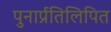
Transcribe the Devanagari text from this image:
पुनार्प्रतिलिपित